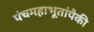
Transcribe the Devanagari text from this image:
पंचमहाभूतांपैकी